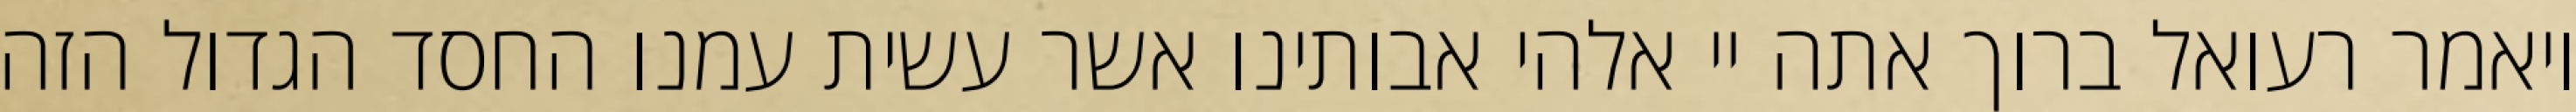
ויאמר רעואל ברוך אתה יי אלהי אבותינו אשר עשית עמנו החסד הגדול הזה